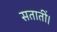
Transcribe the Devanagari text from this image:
सतातीं।